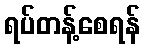
ရပ်တန့်စေရန်